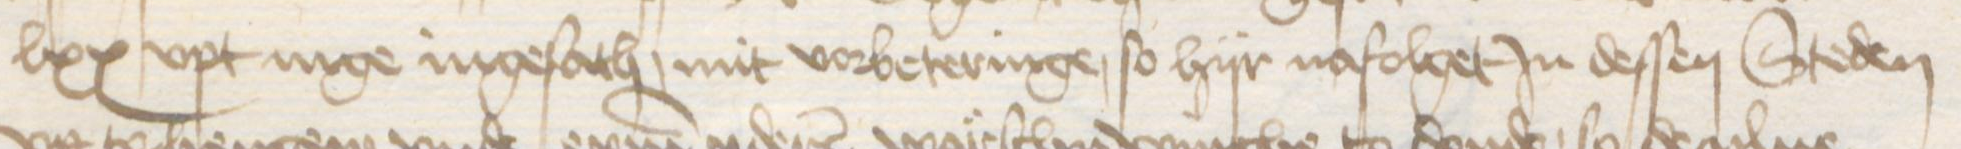
lxx upt nige ingesath, mit vorbeteringe, so hijr nafolget in dessen Steden